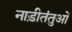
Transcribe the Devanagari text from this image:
नाड़ीतंतुओं